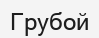
Грубой